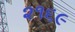
૨૧૬૯